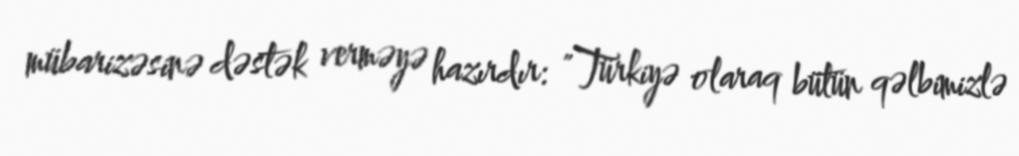
mübarizəsinə dəstək verməyə hazırdır: "Türkiyə olaraq bütün qəlbimizlə